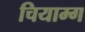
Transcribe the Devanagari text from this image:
चियाम्ग